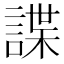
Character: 諜